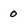
Character: 0